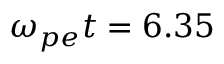
\omega _ { p e } t = 6 . 3 5